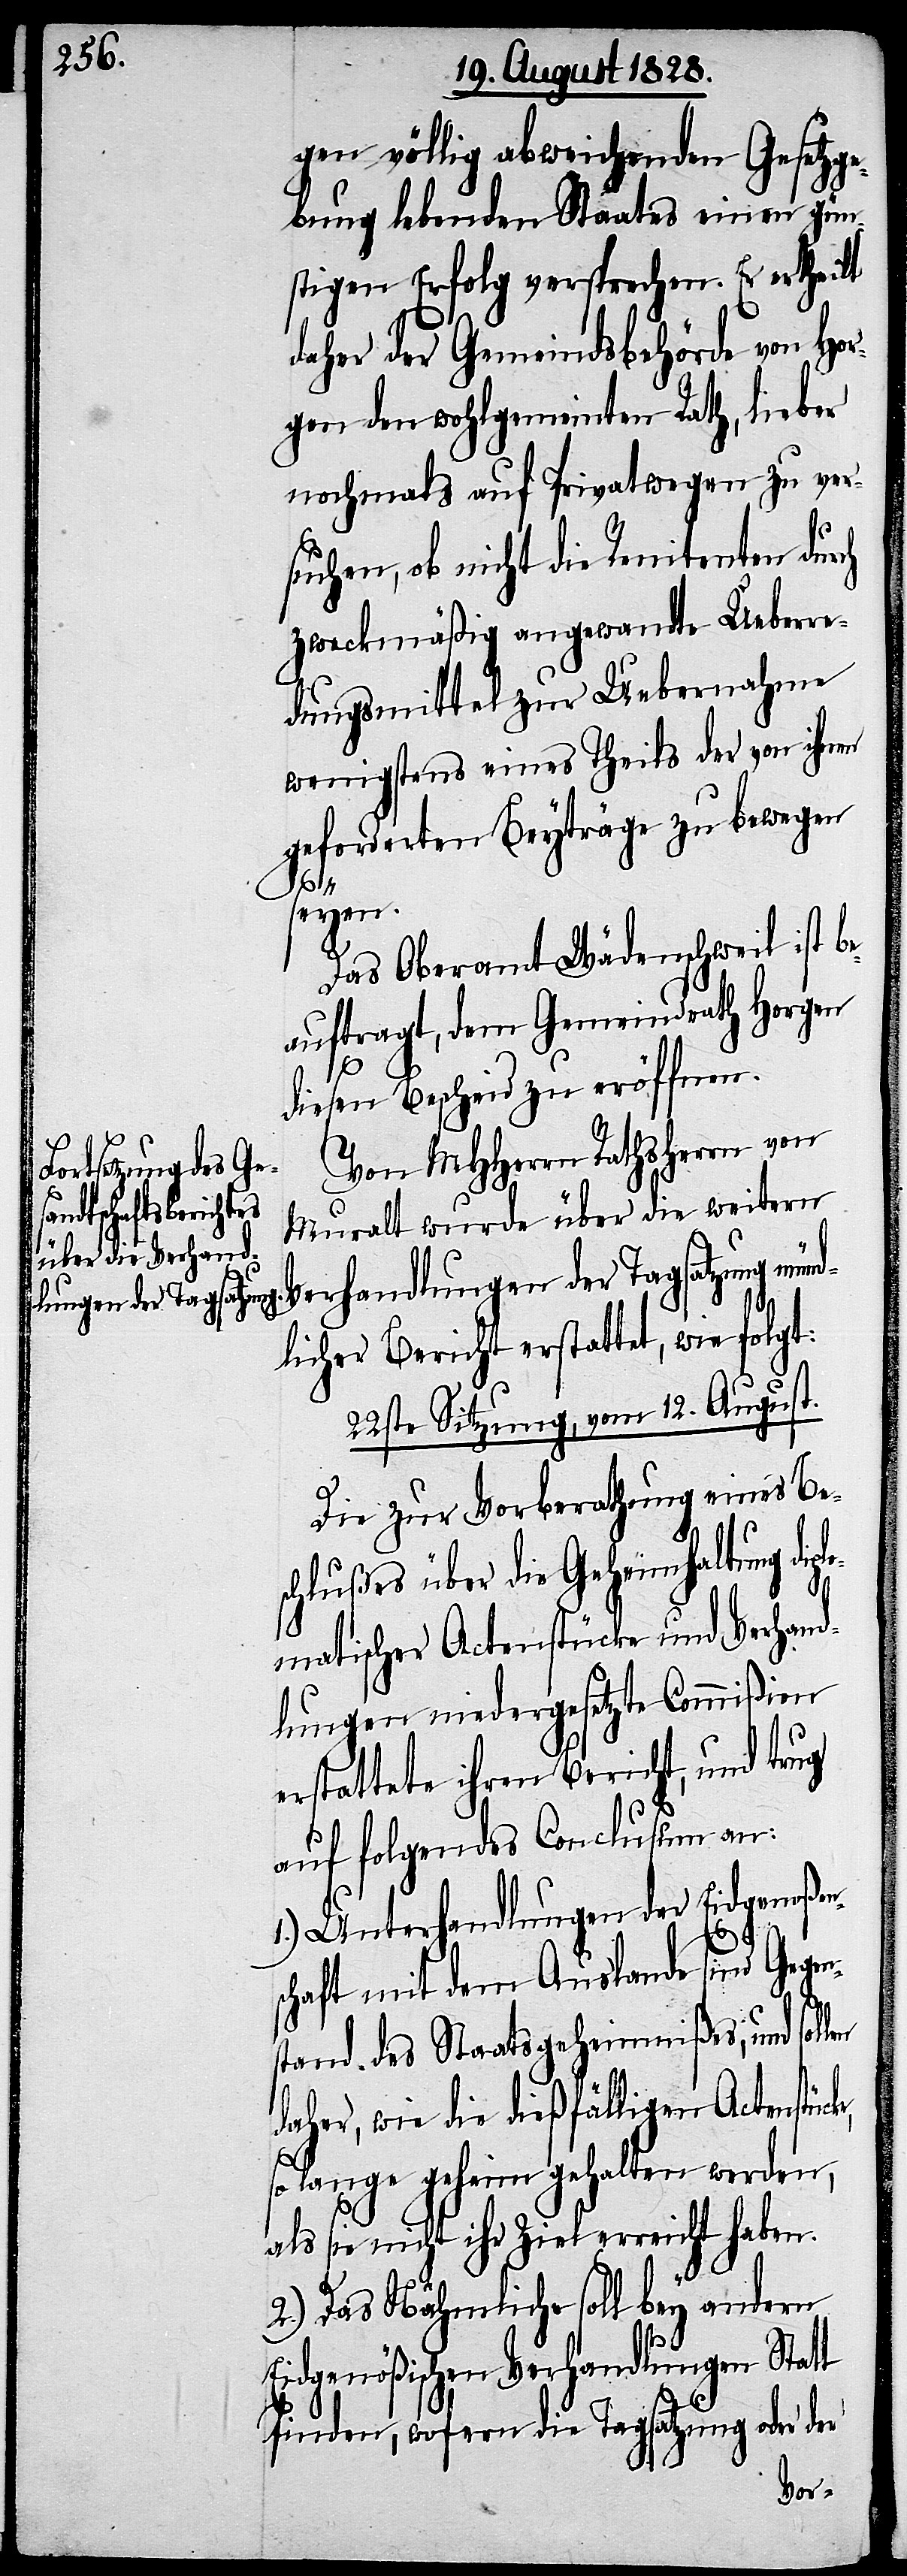
gen völlig abweichenden Gesetzge¬
bung habenden Staates Erfolg ver¬
daher der Gemeindsbehörde von Hor¬
gen den wohlgemeinten Rath, lieber
nochmals auf Privatwegen zu ver¬
suchen, ob nicht die Renitenten durch
zweckmäßig angewandte Ueberre¬
dungsmittel zur Uebernahme
wenigstens eines Theils der von ihnen
geforderten Beyträge zu bewegen
ke,
len
Das Oberamt Wädenschweil ist be¬
auftragt, dem Gemeindrath Horgen
diesen Bescheid zu eröffnen.
Von MHHerrn Rathsherrn von
Muralt wurde über die weitern
dlicher Bericht erstattet, wie folgt:
22ste Sitzung, vom 12. August.
Die zur Vorberathung eines Be¬
schlußes über die Geheimhaltung dipl¬
omatischer Actenstücke und Verhand¬
lungen niedergesetzte Commißion
erstattete ihren Bericht, und trug
auf folgendes Conclusum an:
1.) Unterhandlungen der Eidgenoßen¬
schaft mit dem Auslande sind Gegen¬
stand des Staatsgeheimnißes, und sol¬
daher, wie die dießfälligen Actenstüc¬
so lange geheim gehalten werden,
als sie nicht ihr Ziel erreicht haben.
2.) Das Nähmliche soll bey andern
Eidgenößischen Verhandlungen Statt
finden, wofern die Tagsatzung oder der